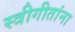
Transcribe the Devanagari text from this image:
स्त्रीगीतांना